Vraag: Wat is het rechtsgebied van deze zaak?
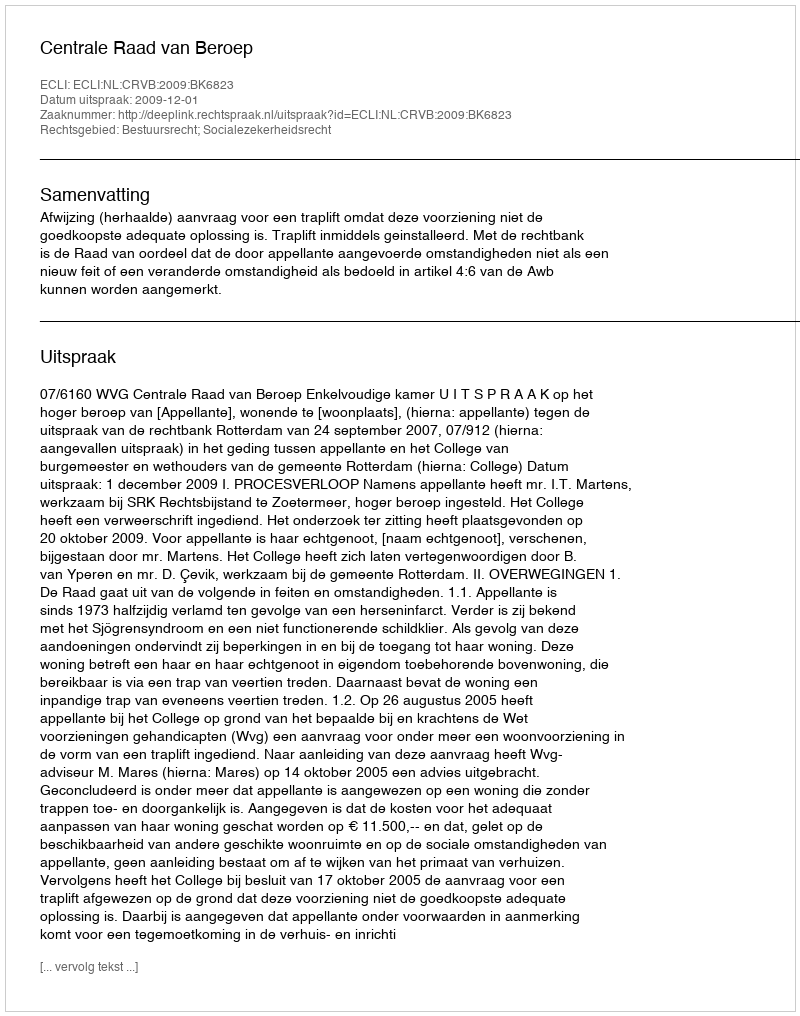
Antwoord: Bestuursrecht; Socialezekerheidsrecht